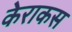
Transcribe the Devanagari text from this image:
केराकस